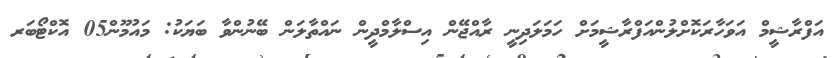
އަފްރާޝީމް އަވަހާރަކޮށްލުންއަފްރާޝީމަށް ހަމަލަދިނީ ރާއްޖޭން އިސްލާމްދީން ނައްތާލަން ބޭނުންވާ ބަޔަކު: މައުމޫން05 އޮކްޓޯބަރ